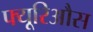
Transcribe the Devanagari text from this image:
फ्यूरिऔस